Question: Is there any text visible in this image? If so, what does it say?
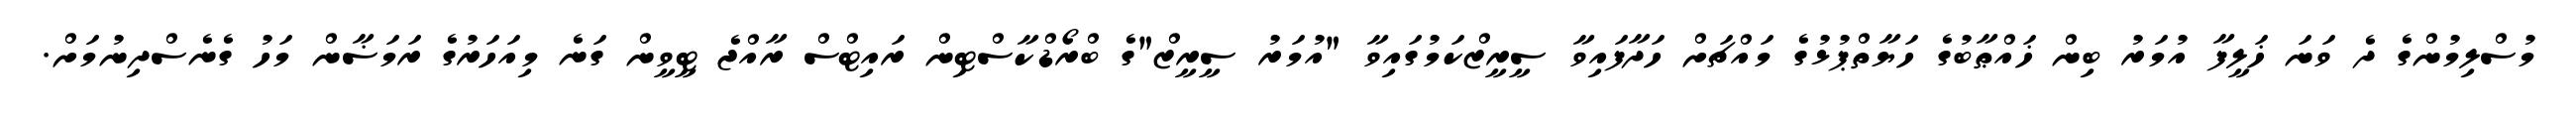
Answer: މުސްލިމުންގެ ދެ ވަނަ ޚަލީފާ އުމަރު ބިން ޚައްޠާބުގެ ހަޔާތްޕުޅުގެ މައްޗަށް ހަދާފައިވާ ސީރީޒްކަމުގައިވާ "އުމަރު ސީރީޒް"ގެ ބްރޯޑްކާސްޓިން ރައިޓްސް ރާއްޖެ ޓީވީން ގަނެ މިއަހަރުގެ ރަމަޟާން މަހު ގެނެސްދިނުމަށް.